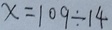
x = 1 0 9 \div 1 4